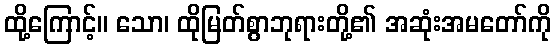
ထို့ကြောင့်။ သော၊ ထိုမြတ်စွာဘုရားတို့၏ အဆုံးအမတော်ကို